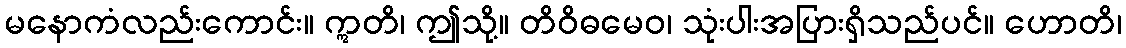
မနောကံလည်းကောင်း။ ဣတိ၊ ဤသို့။ တိဝိဓမေဝ၊ သုံးပါးအပြားရှိသည်ပင်။ ဟောတိ၊